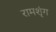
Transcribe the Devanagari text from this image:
रामशृंग